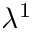
\lambda ^ { 1 }